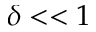
\delta < < 1